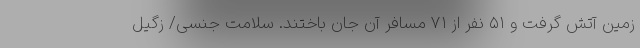
زمین آتش گرفت و ۵۱ نفر از ۷۱ مسافر آن جان باختند. سلامت جنسی/ زگیل